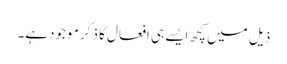
ذیل میں کچھ ایسے ہی افعال کا ذکر مو جودہے۔